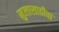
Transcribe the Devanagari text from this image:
मुलासाठीचा